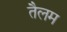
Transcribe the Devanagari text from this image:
तैलम